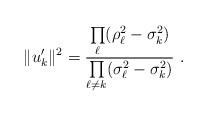
LaTeX: \begin{align*}\| u'_k \| ^2=\frac{\prod\limits_\ell (\rho _\ell^2-\sigma_k ^2)}{\prod\limits_{\ell\ne k} (\sigma_\ell ^2-\sigma_k^2)}\ .\end{align*}